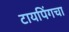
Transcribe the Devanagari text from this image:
टायपिंगचा